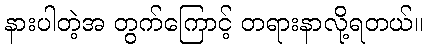
နားပါတဲ့အ တွက်ကြောင့် တရားနာလို့ရတယ်။